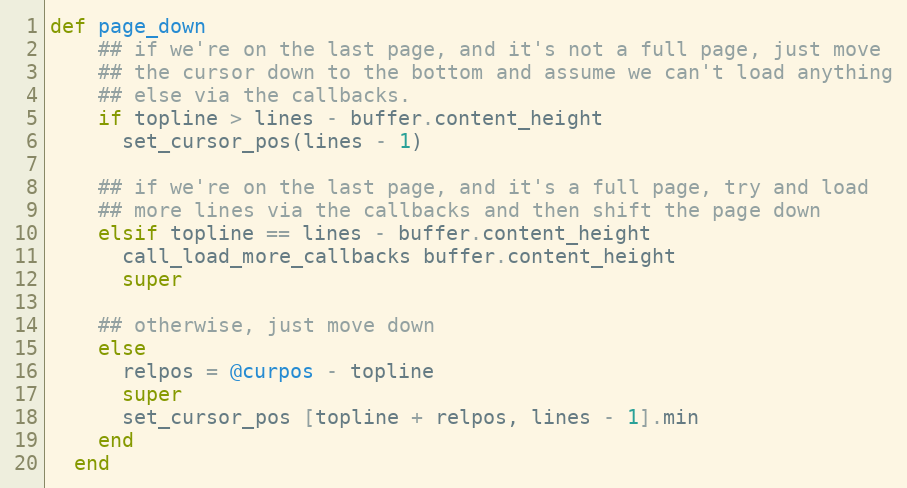
Language: Ruby
def page_down
    ## if we're on the last page, and it's not a full page, just move
    ## the cursor down to the bottom and assume we can't load anything
    ## else via the callbacks.
    if topline > lines - buffer.content_height
      set_cursor_pos(lines - 1)

    ## if we're on the last page, and it's a full page, try and load
    ## more lines via the callbacks and then shift the page down
    elsif topline == lines - buffer.content_height
      call_load_more_callbacks buffer.content_height
      super

    ## otherwise, just move down
    else
      relpos = @curpos - topline
      super
      set_cursor_pos [topline + relpos, lines - 1].min
    end
  end